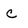
Character: c